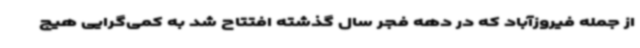
از جمله فیروزآباد که در دهه فجر سال گذشته افتتاح شد به کمی‌گرایی هیچ